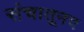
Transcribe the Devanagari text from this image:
संचातूनच